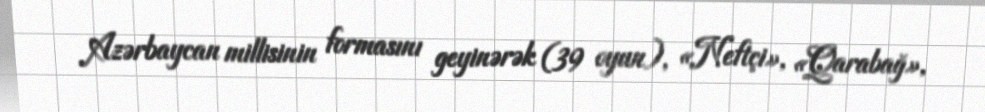
Azərbaycan millisinin formasını geyinərək (39 oyun), «Neftçi», «Qarabağ»,